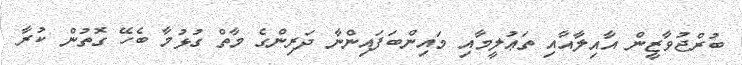
ބުރްޖުވާޒީން އާއިލާއާއި ތަޢުލީމާއި މައިންބަފައިންނާ ދަރިންގެ މާތް ގުޅުމާ ބެހޭ ގޮތުން ކުރާ